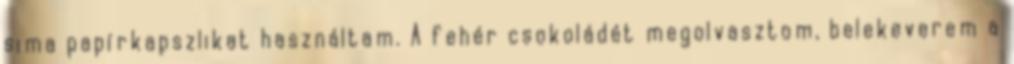
sima papírkapszlikat használtam. A fehér csokoládét megolvasztom, belekeverem a